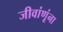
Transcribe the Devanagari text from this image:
जीवांणूंना